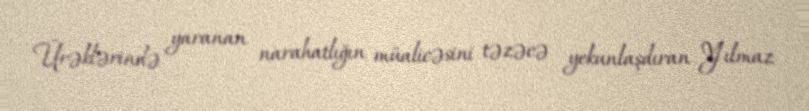
Ürəklərində yaranan narahatlığın müalicəsini təzəcə yekunlaşdıran Yılmaz